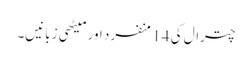
چترال کی 14 منفرد اور میٹھی زبانیں۔